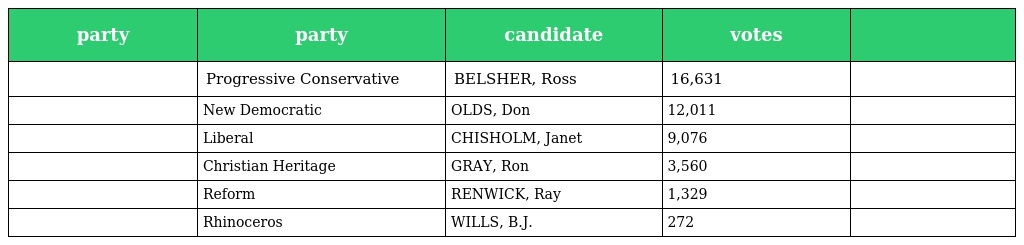
| party | party | candidate | votes |  |
 | --- | --- | --- | --- | --- |
 |  | Progressive Conservative | BELSHER, Ross | 16,631 |  |
 |  | New Democratic | OLDS, Don | 12,011 |  |
 |  | Liberal | CHISHOLM, Janet | 9,076 |  |
 |  | Christian Heritage | GRAY, Ron | 3,560 |  |
 |  | Reform | RENWICK, Ray | 1,329 |  |
 |  | Rhinoceros | WILLS, B.J. | 272 |  |